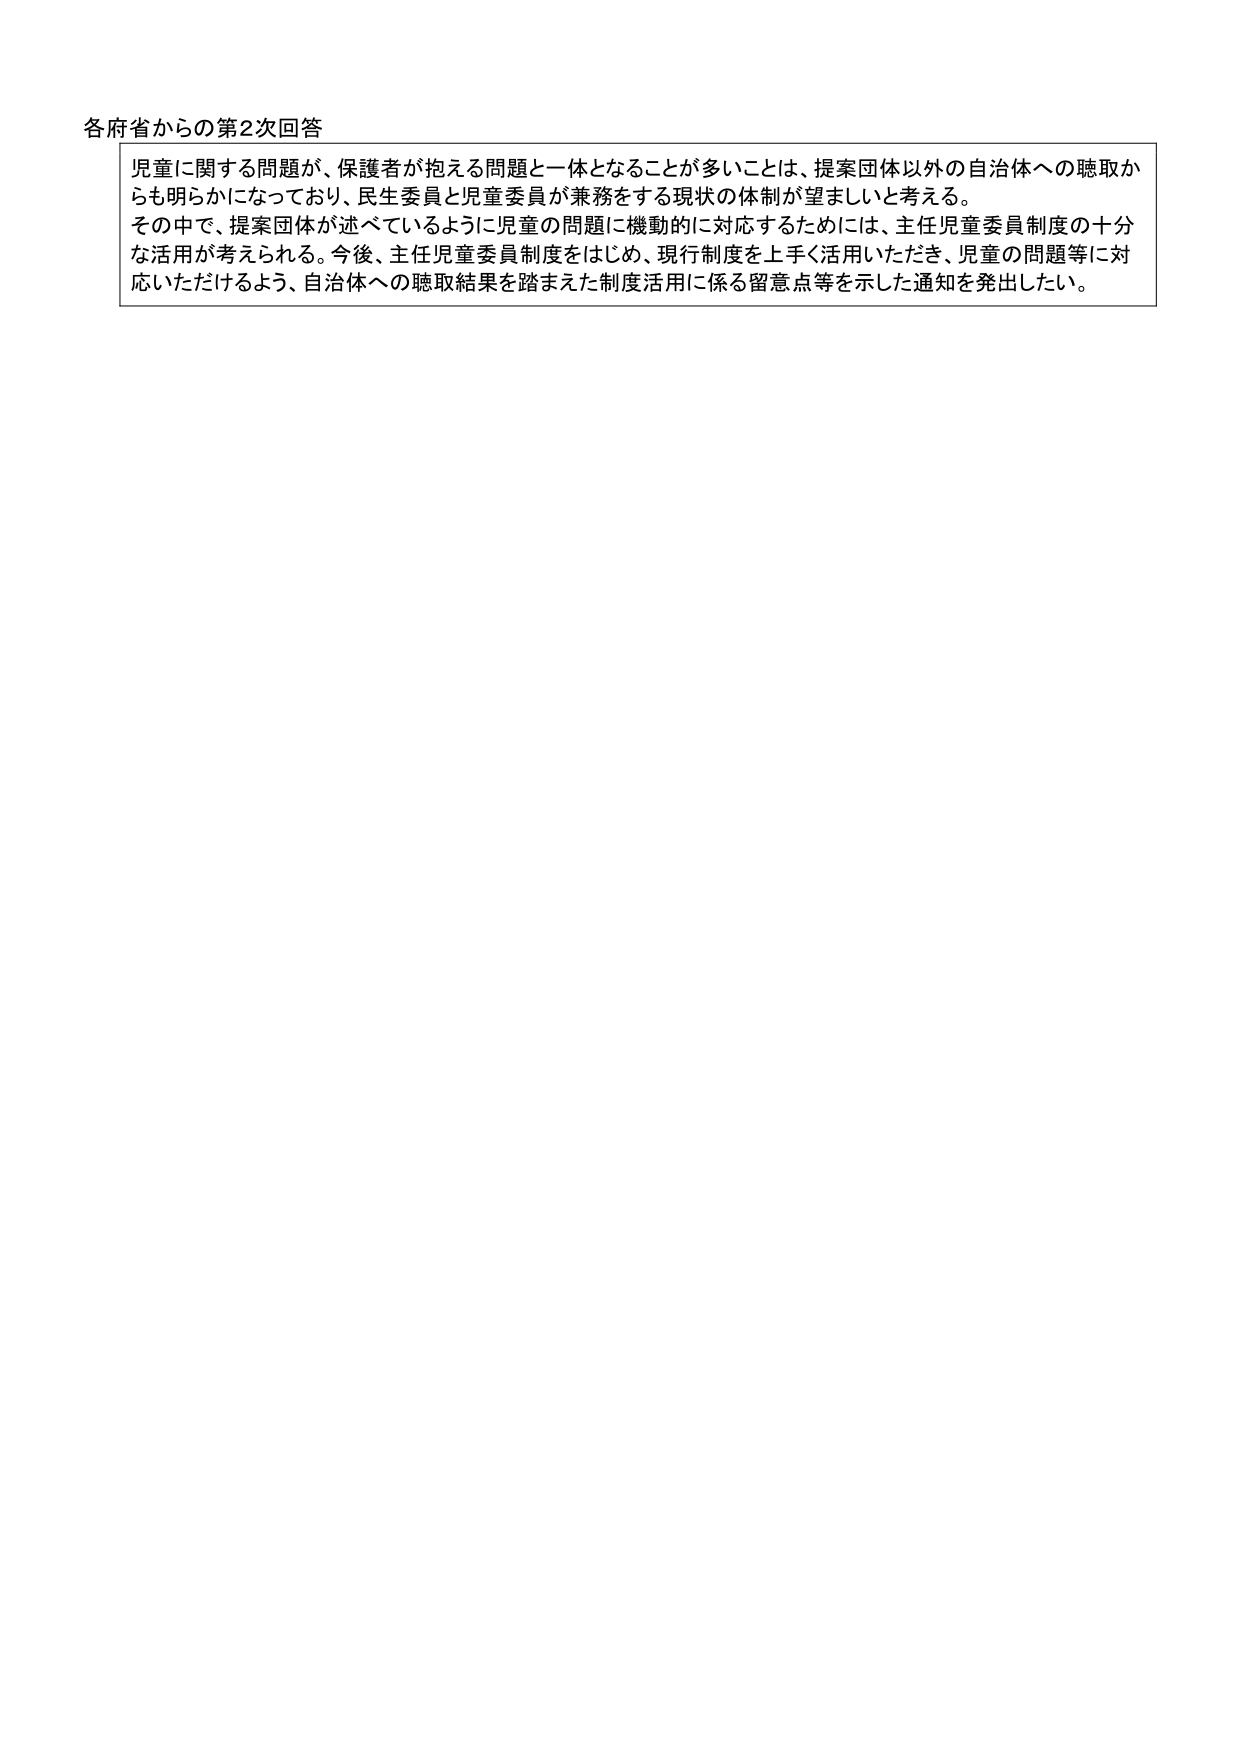
各府省からの第2次回答

児童に関する問題が、保護者が抱える問題と一体となることが多いことは、提案団体以外の自治体への聴取からも明らかになっており、民生委員と児童委員が兼務をする現状の体制が望ましいと考える。
その中で、提案団体が述べているように児童の問題に機動的に対応するためには、主任児童委員制度の十分な活用が考えられる。今後、主任児童委員制度をはじめ、現行制度を上手く活用いただき、児童の問題等に対応いただけるよう、自治体への聴取結果を踏まえた制度活用に係る留意点等を示した通知を発出したい。